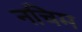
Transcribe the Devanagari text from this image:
नचिम